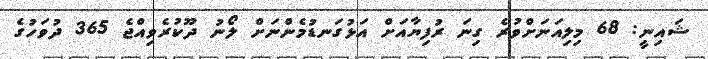
ޝައިނީ: 68 މިލިއަނަށްވުރެ ގިނަ ރުފިޔާއަށް އަޅުގަނޑުމެންނަށް ލޯނު ދޫކުރެވިއްޖެ 365 ދުވަހުގެ